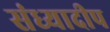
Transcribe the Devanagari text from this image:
संध्यादीप